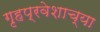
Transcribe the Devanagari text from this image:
गृहप्रवेशाच्या